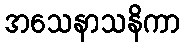
အသေနာသနိကာ